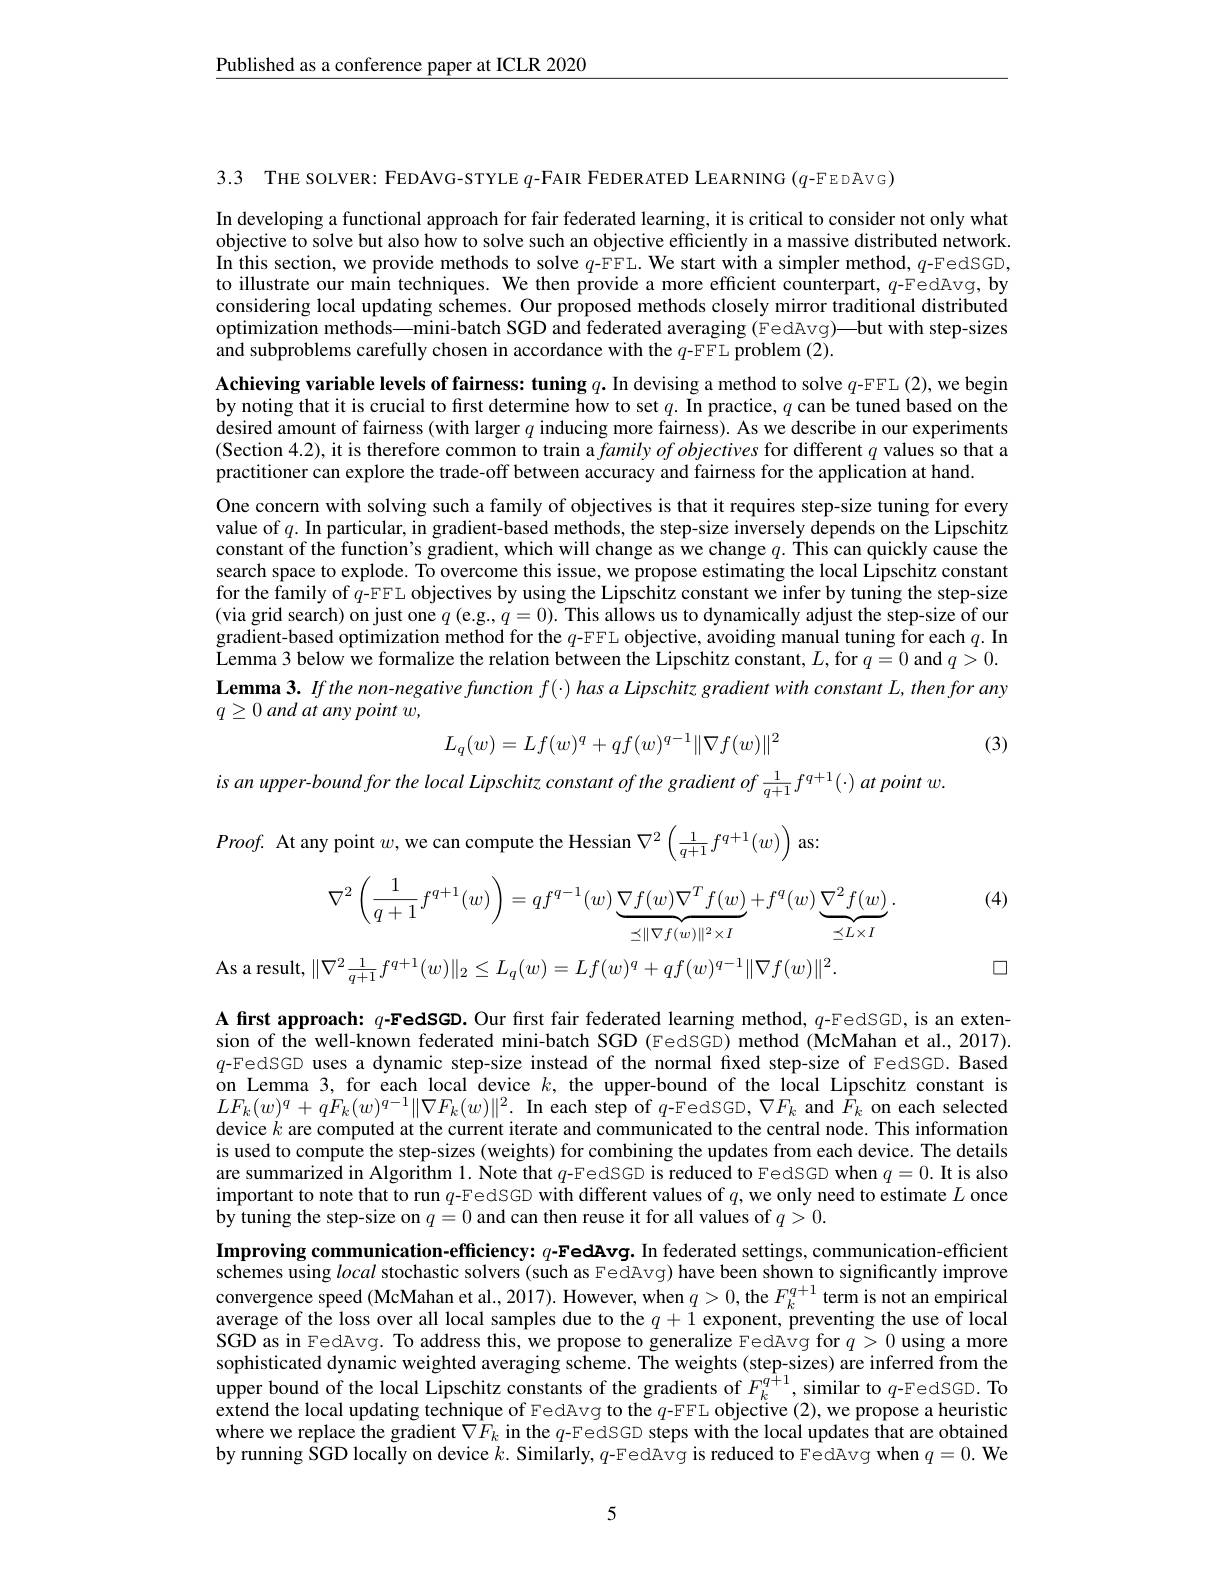
$\underline{\text{Published as a conference paper at ICLR 2020}}$

3.3 THE SOLVER: FEDAVG-STYLE $q$-FAIR FEDERATED LEARNING ($q$-FEDAVG)

In developing a functional approach for fair federated learning, it is critical to consider not only what objective to solve but also how to solve such an objective efficiently in a massive distributed network In this section, we provide methods to solve $q$-FFL. We start with a simpler method, $q$-FedSGD, to illustrate our main techniques. We then provide a more efficient counterpart, $q$-Fedãvg, by considering local updating schemes. Our proposed methods closely mirror traditional distributed optimization methods—mini-batch SGD and federated averaging (FedAvg)—but with step-sizes $\hat{\text{and subproblems carefully chosen in accordance with the }q}$-FFL problem (2).

Achieving variable levels of fairness: tuning $q.$ In devising a method to solve $q$-FFL (2), we begin by noting that it is crucial to first determine how to set $q.$ In practice, $q$ can be tuned based on the desired amount of fairness (with larger $q$ inducing more fairness). As we describe in our experiments (Section 4.2), it is therefore common to train a $familyof\textit{objectives for different }q$ values so that a practitioner can explore the trade-off between accuracy and fairness for the application at hand.

One concern with solving such a family of objectives is that it requires step-size tuning for every value of $q.$ In particular, in gradient-based methods, the step-size inversely depends on the Lipschitz constant of the function's gradient, which will change as we change $q.$ This can quickly cause the search space to explode. To overcome this issue, we propose estimating the local Lipschitz constant for the family of $q$-FFL objectives by using the Lipschitz constant we infer by tuning the step-size (via grid search) on just one $q($e.g.$,q=0).$ This allows us to dynamically adjust the step-size of our gradient-based optimization method for the $q$-FFL objective, avoiding manual tuning for each $q.$ In Lemma 3 below we formalize the relation between the Lipschitz constant, $L$,for $q= 0$ and $q>0.$ Lemma 3. If the non-negative function $f(\cdot)$ has a Lipschitz gradient with constant $L$, then for any $q\geq 0\textit{ and at any point w}$,
$$L_q(w)=Lf(w)^q+qf(w)^{q-1}\|\nabla f(w)\|^2$$
(3)

is an upper-bound for the local Lipschitz constant of the gradient of $\frac1{q+1}f^{q+1}(\cdot)$ at point w.
$Proof.$ At any point $w$, we can compute the Hessian $\nabla^2\left(\frac1{q+1}f^{q+1}(w)\right)$ as:
$$\nabla^2\left(\frac{1}{q+1}f^{q+1}(w)\right)=qf^{q-1}(w)\underbrace{\nabla f(w)\nabla^Tf(w)}_{\preceq\|\nabla f(w)\|^2\times I}+f^q(w)\underbrace{\nabla^2f(w)}_{\preceq L\times I}.$$
$$|\nabla^{2}\frac{1}{q+1}f^{q+1}(w)\|_{2}\leq L_{q}(w)=Lf(w)^{q}+qf(w)^{q-1}\|\nabla f(w)\|^{2}.$$
(4)

口

A first approach: $q$-FedSGD. Our first fair federated learning method, $q$-FedSGD, is an extension of the well-known federated mini-batch SGD (FedSGD) method (McMahan et al., 2017). $q$-FedSGD uses a dynamic step-size instead of the normal fixed step-size of FedSGD. Based on Lemma 3, for each local device $k$, the upper-bound of the local Lipschitz constant is $LF_{k}(w)^{q}+qF_{k}(w)^{q-1}\|\nabla F_{k}(w)\|^{2}.$ In each step of $q$-FedSGD, $\nabla F_{k}$ and $\hat{F}_{k}$ on each selected device $k$ are computed at the current iterate and communicated to the central node. This information is used to compute the step-sizes (weights) for combining the updates from each device. The details are summarized in Algorithm 1. Note that $q$-FedSGD is reduced to FedSGD when $q= 0. \textbf{It is also}$ important to note that to run $q$-FedSGD with different values of $q$, we only need to estimate $L$ once by tuning the step-size on $q=0$ and can then reuse it for all values of $q>0.$

$\textbf{Improving communication- efficiency: }q{- \mathbf{Fed}}\mathbf{A} \mathbf{v} \mathbf{g. ~In~federated~settings, ~communication- efficient}$ schemes using local stochastic solvers (such as FedAvg) have been shown to significantly improve convergence speed (McMahan et al., 2017). However, when $q>0$, the $F_k^{q+1}$ term is not an empirical average of the loss over all local samples due to the $q+1$ exponent, preventing the use of local SGD as in FedAvg. To address this, we propose to generalize FedAvg for $q>0$ using a more sophisticated dynamic weighted averaging scheme. The weights (step-sizes) are inferred from the upper bound of the local Lipschitz constants of the gradients of $F_k^{q+1}$, similar to $q$-FedSGD. To extend the local updating technique of FedAvg to the $q$-FFL objective (2), we propose a heuristic where we replace the gradient $\nabla\hat{F}_k$ in the $q$-FedSGD steps with the local updates that are obtained by running SGD locally on device $k.$ Similarly, $q$-FedAvg is reduced to FedAvg when $q=0.$ We

5